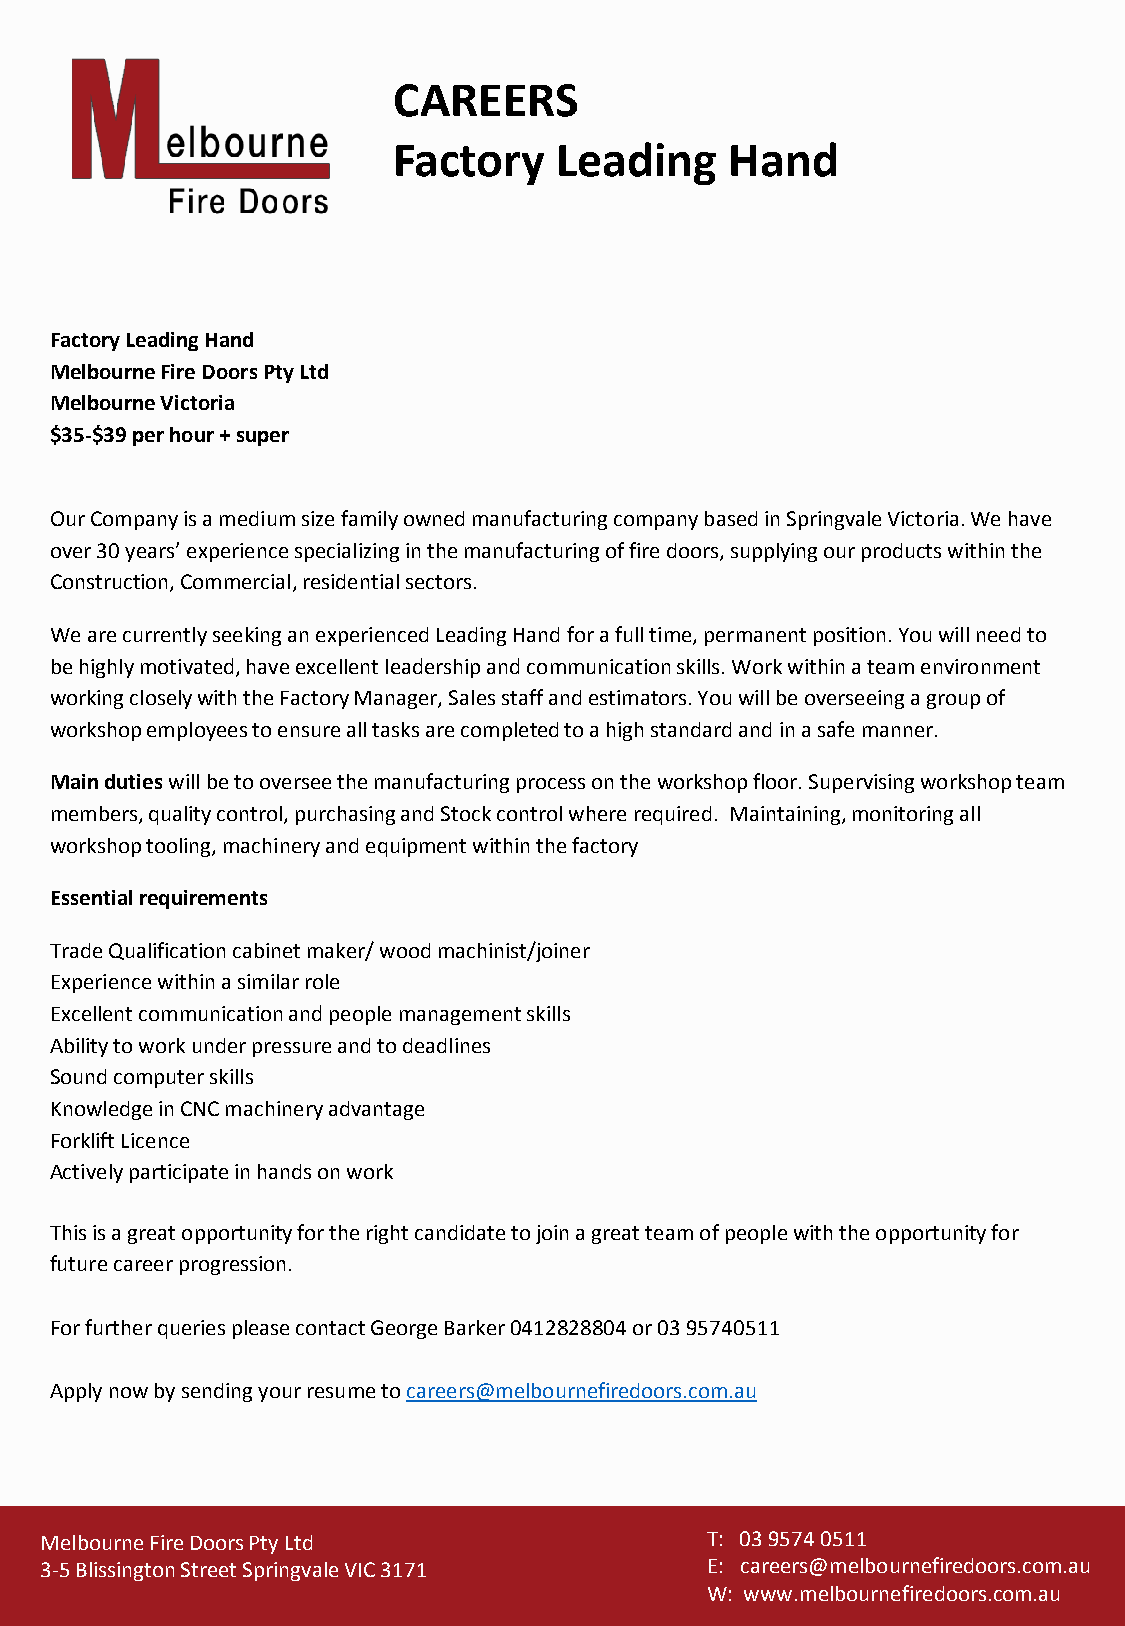
CAREERS
 Factory    Leading    Hand
 Factory Leading Hand
 Melbourne Fire Doors Pty Ltd
 Melbourne Victoria
 $35-$39 per hour + super
 Our Company is a medium size family owned manufacturing company based in Springvale Victoria. We have
 over 30 years’ experience specializing in the manufacturing of fire doors, supplying our products within the
 Construction, Commercial, residential sectors.
 We are currently seeking an experienced Leading Hand for a full time, permanent position. You will need to
 be highly motivated, have excellent leadership and communication skills. Work within a team environment
 working closely with the Factory Manager, Sales staff and estimators. You will be overseeing a group of
 workshop employees to ensure all tasks are completed to a high standard and in a safe manner.
 Main dutieswill be to oversee the manufacturing process on the workshop floor. Supervising workshop team
 members, quality control, purchasing and Stock control where required. Maintaining, monitoring all
 workshop tooling, machinery and equipment within the factory
 Essential requirements
 Trade Qualification cabinet maker/ wood machinist/joiner
 Experience within a similar role
 Excellent communication and people management skills
 Ability to work under pressure and to deadlines
 Sound computer skills
 Knowledge in CNC machinery advantage
 Forklift Licence
 Actively participate in hands on work
 This is a great opportunity for the right candidate to join a great team of people with the opportunity for
 future career progression.
 For further queries please contact George Barker 0412828804 or 03 95740511
 Apply now by sending your resume to careers@melbournefiredoors.com.au
 Melbourne Fire Doors Pty Ltd                T: 03 9574 0511
 3-5 Blissington Street Springvale VIC 3171  E: careers@melbournefiredoors.com.au
 W: www.melbournefiredoors.com.au